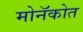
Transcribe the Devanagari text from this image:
मोनॅकोत